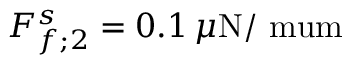
F _ { f ; 2 } ^ { s } = 0 . 1 \, \mu \mathrm { N / \ m u m }